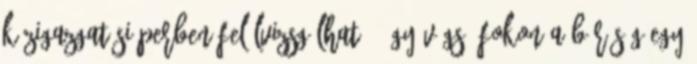
közigazgatási perben felülvizsgálható, így végső fokon a bíróság egy